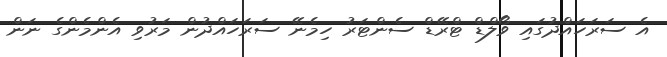
އެ ސަރަހައްދުގައި ވޯލްޑް ޓްރޭޑް ސެންޓަރު ހިމެނޭ ސަރަހައްދުން މަރުވި އެންމެންގެ ނަން